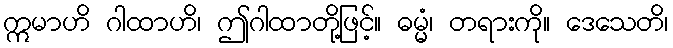
ဣမာဟိ ဂါထာဟိ၊ ဤဂါထာတို့ဖြင့်။ ဓမ္မံ၊ တရားကို။ ဒေသေတိ၊